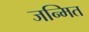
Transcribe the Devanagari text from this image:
जन्मित